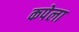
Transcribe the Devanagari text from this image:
कपेला